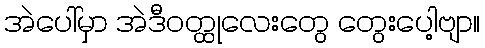
အဲပေါ်မှာ အဲဒီဝတ္ထုလေးတွေ တွေးပေါ့ဗျာ။